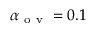
\alpha _ { \mathrm { ~ o ~ v ~ } } = 0 . 1